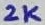
Text: 2K